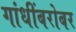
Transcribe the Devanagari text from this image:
गांधींबरोबर